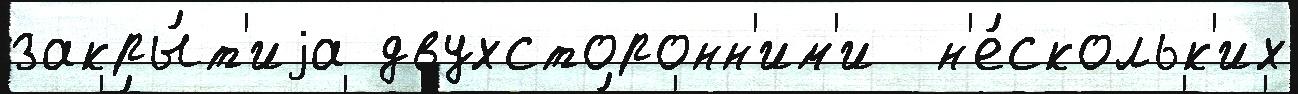
закры́т'иjа двухсторонн'им'и  н'е́скольк'их